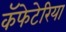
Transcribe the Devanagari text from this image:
कॅफेटेरिया